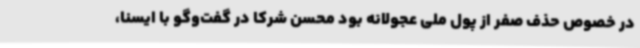
در خصوص حذف صفر از پول ملی عجولانه بود محسن شرکا در گفت‌وگو با ایسنا،